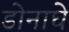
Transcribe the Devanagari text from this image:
डोनाघे